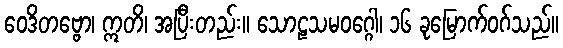
ဝေဒိတဗ္ဗော၊ ဣတိ၊ အပြီးတည်း။ သောဠသမဝဂ္ဂေါ၊ ၁၆ ခုမြောက်ဝဂ်သည်။